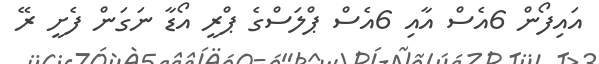
އައިފޯން 6އެސް އާއި 6އެސް ޕްލަސްގެ ޕްރީ އޯޑާ ނަގަން ފެށީ ރޭ